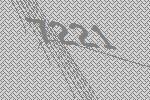
7221